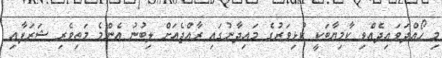
މި ހޯއްދަވައިދެއްވި ކާމިޔާބަކީ ކުޅިވަރުގެ މައިދާނުގައި ރާއްޖެއަށް ލިބުނު އެންމެ މަތިވެރި ޝަރަފާއި